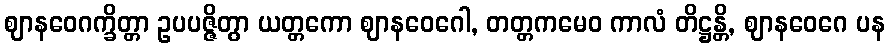
ဈာနဝေဂက္ခိတ္တာ ဥပပဇ္ဇိတွာ ယတ္တကော ဈာနဝေဂေါ, တတ္တကမေဝ ကာလံ တိဋ္ဌန္တိ, ဈာနဝေဂေ ပန